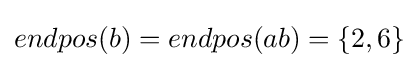
endpos(b)=endpos(ab)=\{2,6\}